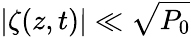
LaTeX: \left|\zeta(z,t)\right|\ll\sqrt{P_{0}}